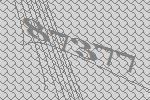
87377